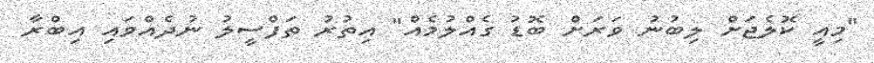
"މިއީ ކޮލެޖަށް ލިބުނު ވަރަށް ބޮޑު ގެއްލުމެއް" އިތުރު ތަފްސީލު ނުދެއްވައި އިބްރާ